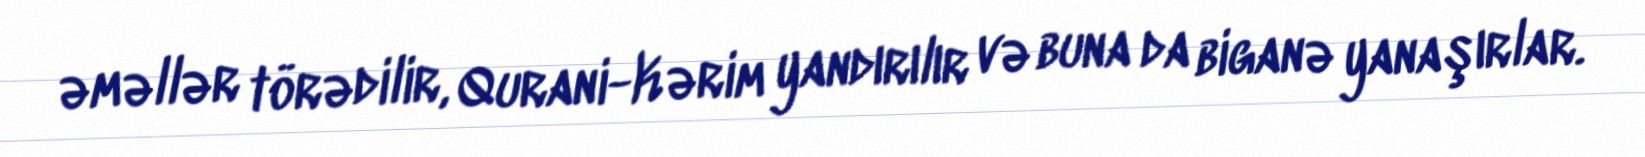
əməllər törədilir, Qurani-Kərim yandırılır və buna da biganə yanaşırlar.